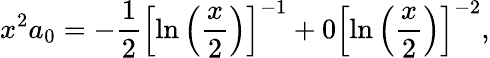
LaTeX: x^{2}a_{0}=-\displaystyle\frac{1}{2}\left[\ln\left(\displaystyle\frac{x}{2}\right)\right]^{-1}+0\left[\ln\left(\displaystyle\frac{x}{2}\right)\right]^{-2},